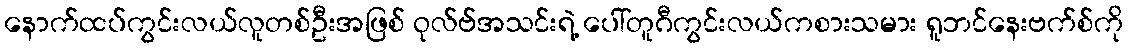
နောက်ထပ်ကွင်းလယ်လူတစ်ဦးအဖြစ် ဝုလ်ဗ်အသင်းရဲ့ ပေါ်တူဂီကွင်းလယ်ကစားသမား ရူဘင်နေးဗက်စ်ကို